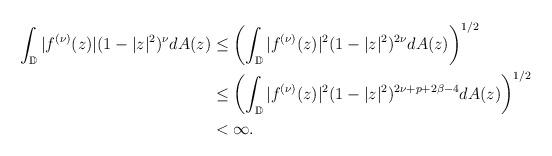
LaTeX: \begin{align*}\int_{\mathbb{D}}|f^{(\nu)}(z)|(1-|z|^{2})^{\nu}dA(z)&\leq\left(\int_{\mathbb{D}}|f^{(\nu)}(z)|^{2}(1-|z|^{2})^{2\nu}dA(z)\right)^{1/2}\\&\leq\left(\int_{\mathbb{D}}|f^{(\nu)}(z)|^{2}(1-|z|^{2})^{2\nu+p+2\beta-4}dA(z)\right)^{1/2}\\&<\infty.\end{align*}